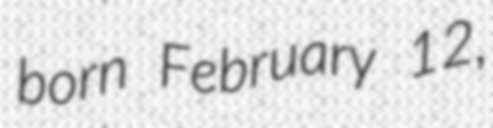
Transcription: born February 12,